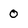
Character: 0